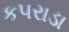
કપરાડા